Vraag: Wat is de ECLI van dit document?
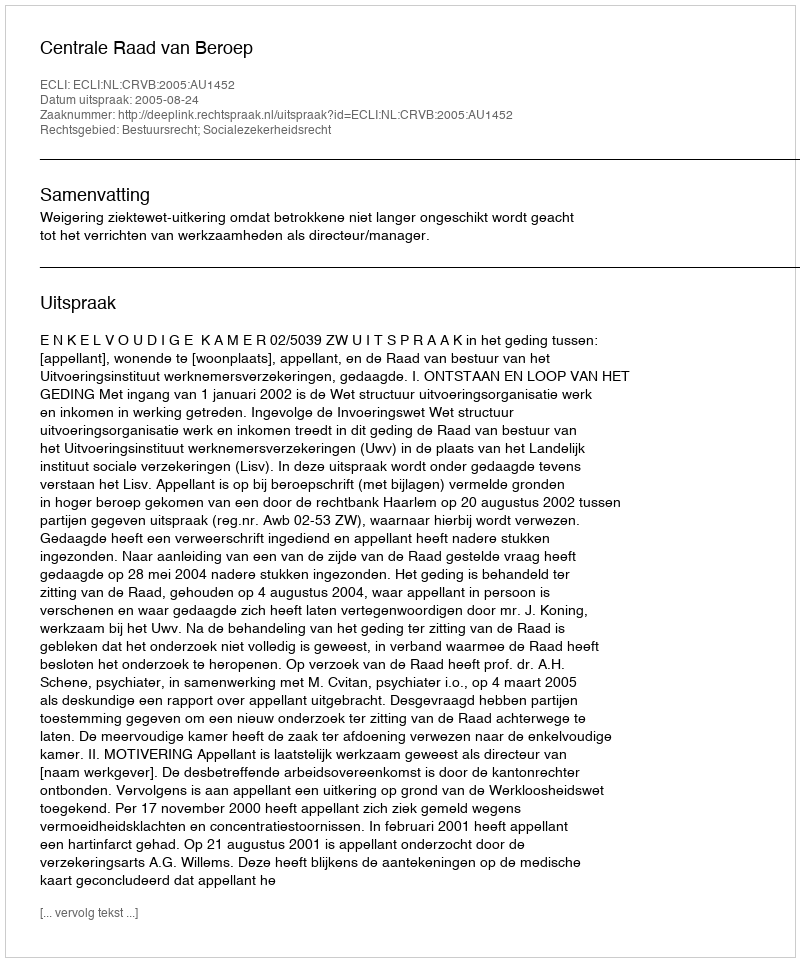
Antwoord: ECLI:NL:CRVB:2005:AU1452